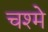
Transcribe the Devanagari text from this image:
चश्‍मे